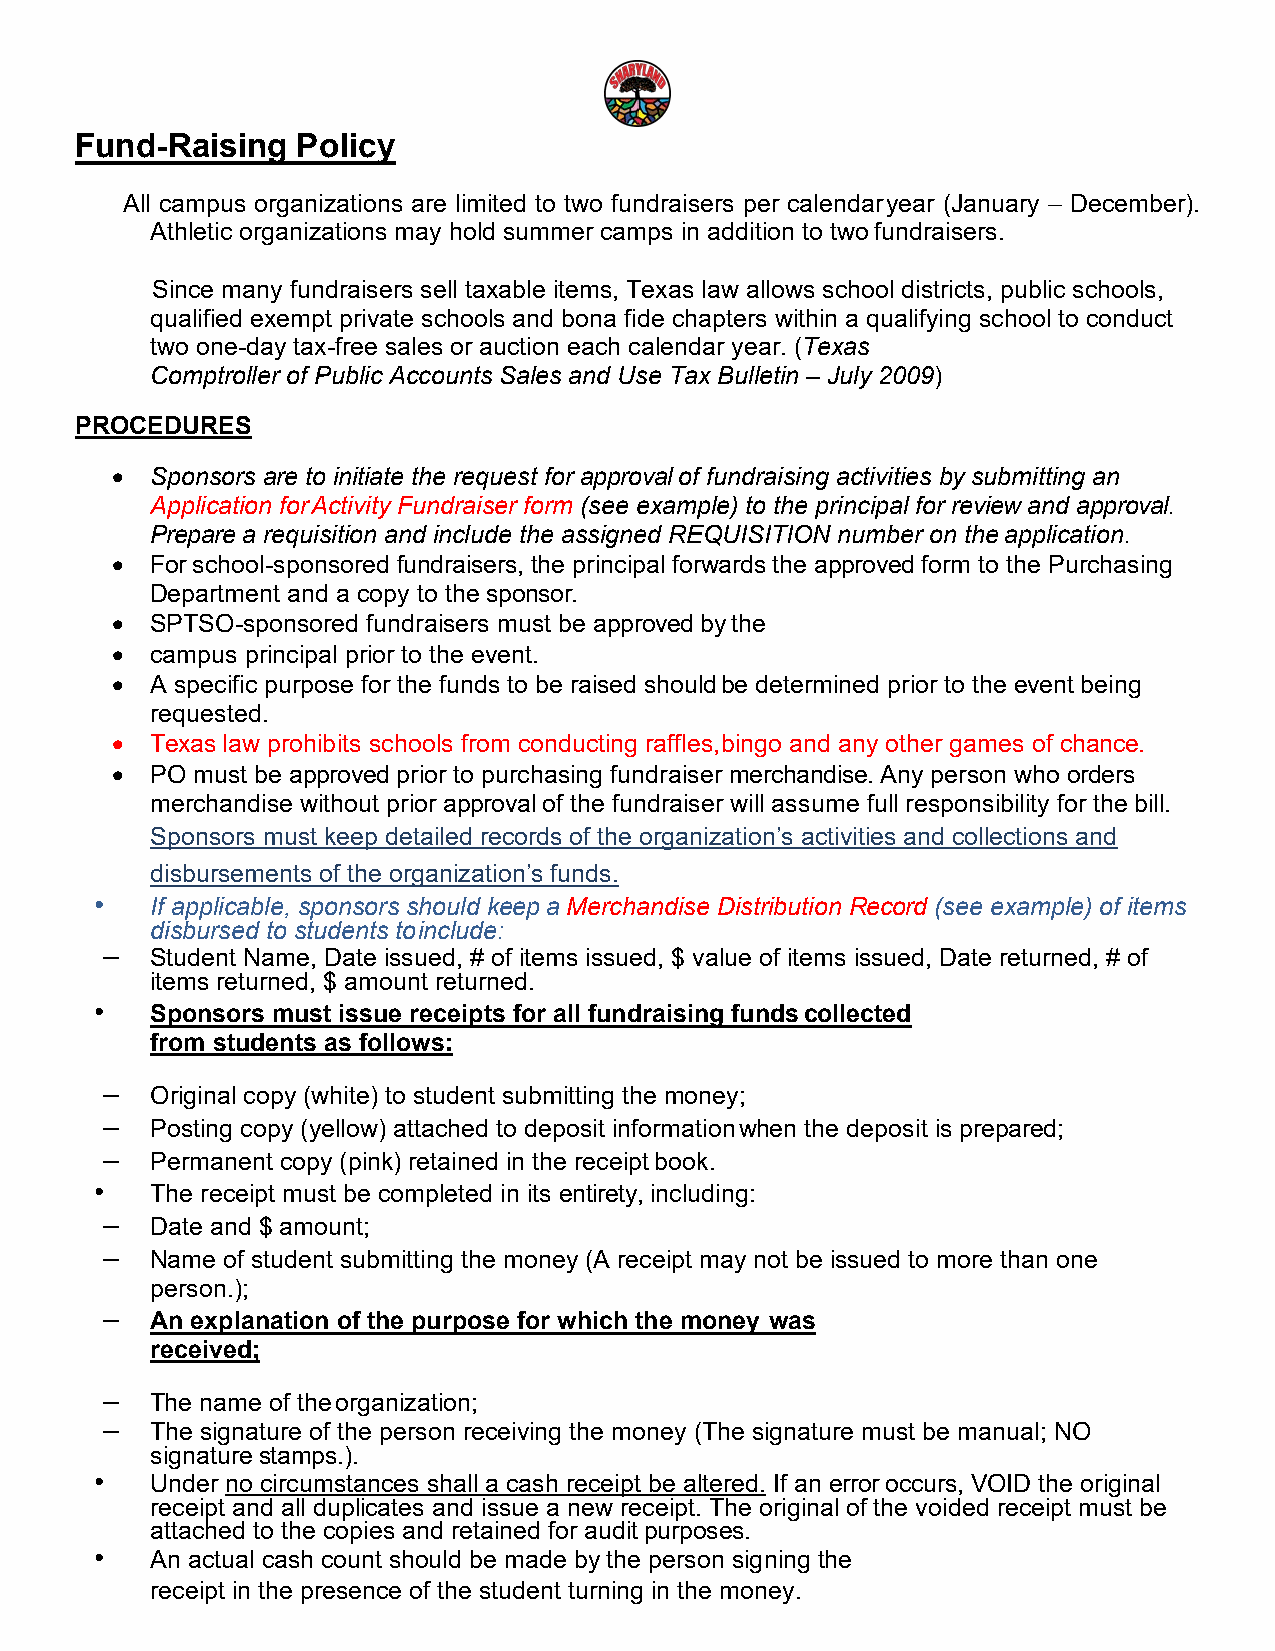
Fund-Raising   Policy
 All campus organizations are limited to two fundraisers per calendar year (January – December).
 Athletic organizations may hold summer camps in addition to two fundraisers.
 Since many fundraisers sell taxable items, Texas law allows school districts, public schools,
 qualified exempt private schools and bona fide chapters within a qualifying school to conduct
 two one-day tax-free sales or auction each calendar year. (Texas
 Comptroller of Public Accounts Sales and Use Tax Bulletin – July 2009)
 PROCEDURES
 •  Sponsors are to initiate the request for approval of fundraising activities by submitting an
 Application for Activity Fundraiser form (see example) to the principal for review and approval.
 Prepare a requisition and include the assigned REQUISITION number on the application.
 •  For school-sponsored fundraisers, the principal forwards the approved form to the Purchasing
 Department and a copy to the sponsor.
 •  SPTSO-sponsored fundraisers must be approved by the
 •  campus principal prior to the event.
 •  A specific purpose for the funds to be raised should be determined prior to the event being
 requested.
 •  Texas law prohibits schools from conducting raffles, bingo and any other games of chance.
 •  PO must be approved prior to purchasing fundraiser merchandise. Any person who orders
 merchandise without prior approval of the fundraiser will assume full responsibility for the bill.
 Sponsors must keep detailed records of the organization’s activities and collections and
 disbursements of the organization’s funds.
 •   If applicable, sponsors should keep a Merchandise Distribution Record (see example) of items
 disbursed to students to include:
 –  Student Name, Date issued, # of items issued, $ value of items issued, Date returned, # of
 items returned, $ amount returned.
 •   Sponsors must issue receipts for all fundraising funds collected
 from students as follows:
 –  Original copy (white) to student submitting the money;
 –  Posting copy (yellow) attached to deposit information when the deposit is prepared;
 –  Permanent copy (pink) retained in the receipt book.
 •   The receipt must be completed in its entirety, including:
 –  Date and $ amount;
 –  Name of student submitting the money (A receipt may not be issued to more than one
 person.);
 –  An explanation of the purpose for which the money was
 received;
 –  The name of the organization;
 –  The signature of the person receiving the money (The signature must be manual; NO
 signature stamps.).
 •   Under no circumstances shall a cash receipt be altered. If an error occurs, VOID the original
 receipt and all duplicates and issue a new receipt. The original of the voided receipt must be
 attached to the copies and retained for audit purposes.
 •   An actual cash count should be made by the person signing the
 receipt in the presence of the student turning in the money.